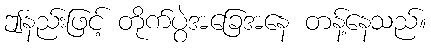
ဤနည်းဖြင့် တိုက်ပွဲအခြေအနေ တန့်နေသည်။